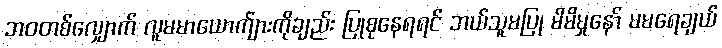
ဘဝတစ်လျှောက် လူမမာယောက်ျားကိုချည်း ပြုစုနေရရင် ဘယ်သူမပြု မိမိမှုနော် မမရေချယ်